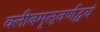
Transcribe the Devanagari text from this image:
क्लीबमृऌवर्णद्वयं